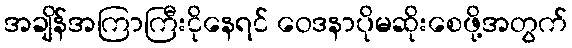
အချိန်အကြာကြီးငိုနေရင် ဝေဒနာပိုမဆိုးစေဖို့အတွက်